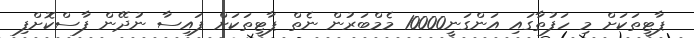
ޕާޓީތަކަށް މި ހަފުތާގައި އަންގަނީ10000 މެމްބަރުން ނެތް ޕާޓީތަކަށް ފައިސާ ނުދޭން ފާސްކޮށްފި